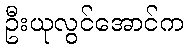
ဦးယုလွင်အောင်က